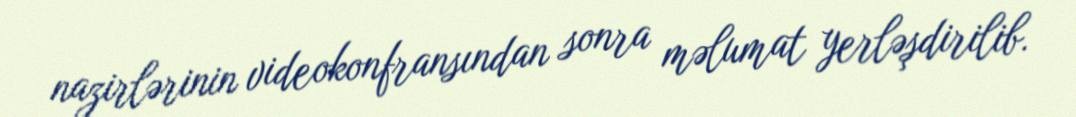
nazirlərinin videokonfransından sonra məlumat yerləşdirilib.